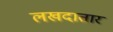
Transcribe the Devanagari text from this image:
लखदातार